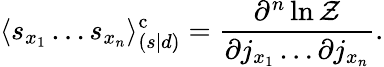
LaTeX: \langle s_{x_{1}}\ldots s_{x_{n}}\rangle_{(s|d)}^{\mathrm{c}}={\frac{\partial^{n}\ln{\mathcal{Z}}}{\partial j_{x_{1}}\ldots\partial j_{x_{n}}}}.